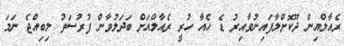
ރެއާލްއިން ދޫކޮށްލާފައިނުވާއިރު ޑެ ހެއާ ހުރީ ރެއާލްއަށް ބަދަލުވާން ފުރުސަތު ލިބިއްޖެ ނަމަ